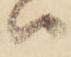
ハ